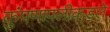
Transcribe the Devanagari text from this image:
कुंपणापलीकडले